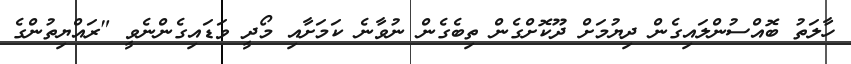
ހާލަތު ބޮއްސުންލައިގެން ދިޔުމަށް ދޫކޮށްގެން ތިބެގެން ނުވާނެ ކަމަށާއި މޯދީ ވަޑައިގެންނެވީ "ރައްޔިތުންގެ